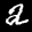
Label: 2